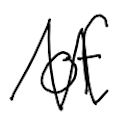
Text: of
Cross-out: zig-zag
Writing tool: digital_black